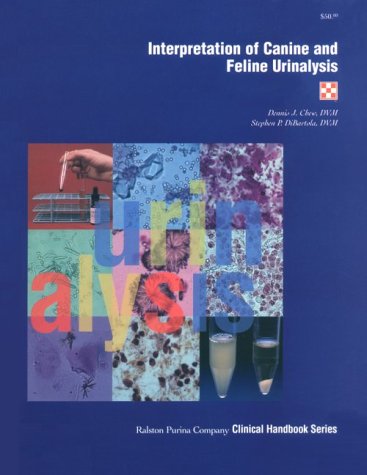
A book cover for Interpretation of Canine and Feline Urinalysis (Nestle PURINA Clinical Handbook Series); Dennis J. Chew; Medical Books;